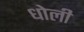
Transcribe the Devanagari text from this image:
धोली